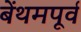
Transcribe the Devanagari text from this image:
बेंथमपूर्व